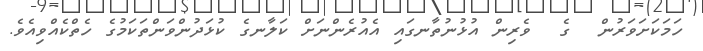
ހަމަކަށަވަރުން  ގެ  ވެރިން އުޅުނުތާނގައި އެއުރެންނަށް ކަލާނގެ ކުޅަދުންވަންތަކަމުގެ ހެތްކެއްވިއެވެ.